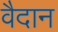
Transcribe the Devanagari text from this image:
वैदान